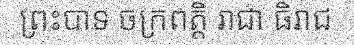
ព្រះបាទ ចក្រពត្តិ រាជា ធិរាជ